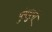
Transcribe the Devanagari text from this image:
पुंमधुपों